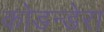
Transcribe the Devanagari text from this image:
कोडन्डेरा